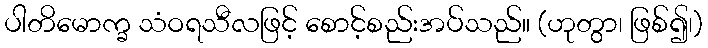
ပါတိမောက္ခ သံဝရသီလဖြင့် စောင့်စည်းအပ်သည်။ (ဟုတွာ၊ ဖြစ်၍၊)